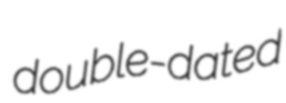
double-dated